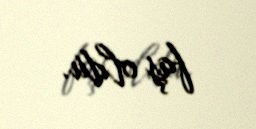
faş oldu.